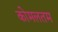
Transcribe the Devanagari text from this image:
कोमलतम